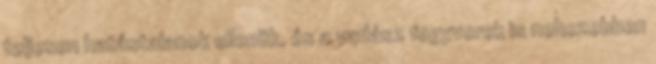
teljesen hatástalanok ellenük, és a vadász fegyverek is nehezebben